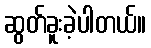
ဆွတ်ခူးခဲ့ပါတယ်။